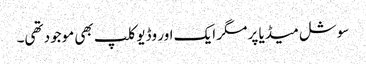
سوشل میڈیا پر مگر ایک اور وڈیو کلپ بھی موجود تھی۔